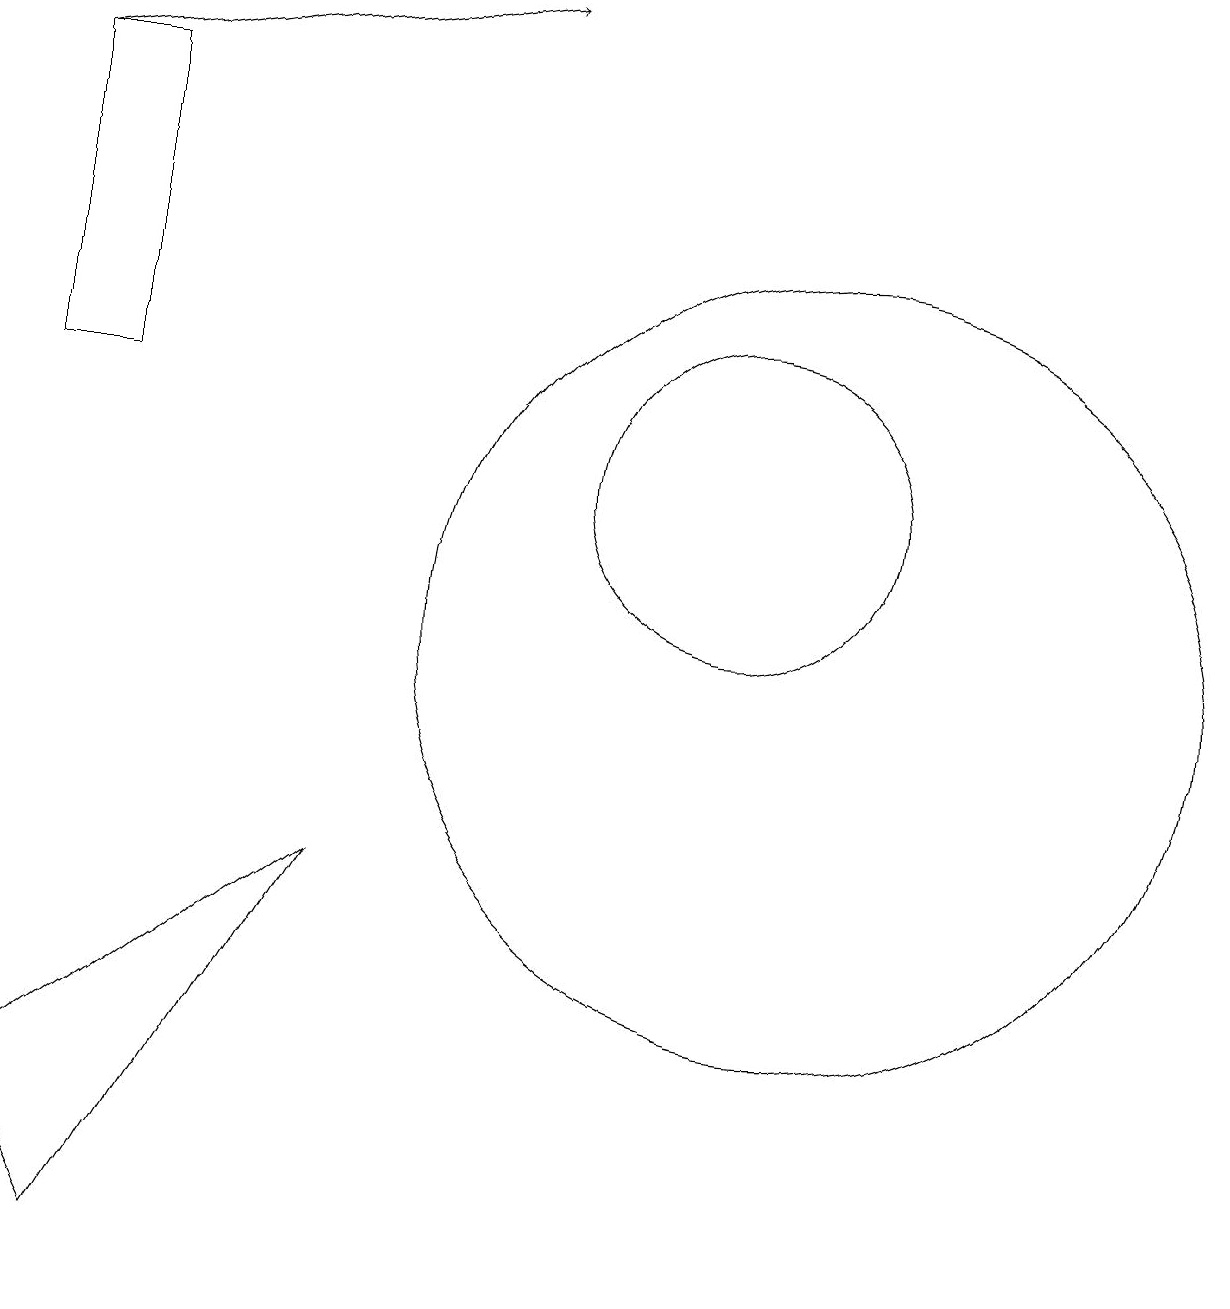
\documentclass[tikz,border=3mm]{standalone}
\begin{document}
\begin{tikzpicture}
\draw[->] (2,17) -- (8,18);
\draw (11,12) circle (2);
\draw (3,2) -- (6,7) -- (2,4) -- cycle;
\draw (2,17) rectangle (3,13);
\draw (12,10) circle (5);
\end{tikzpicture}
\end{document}